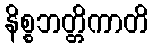
နိစ္စဘတ္တိကာတိ